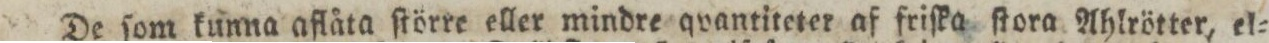
De ſom kunna aflåta ſtörre eller mindre qvantiteter af friſka ſtora Ahlrötter, el=